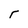
Character: r